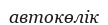
автокөлік